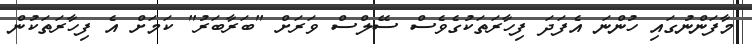
މާފަންނުގައި ހުންނަ އެފަދަ ފިހާރަތަކުގެވެސް ސޭލްސް ވަރަށް "ބަރާބަރު" ކަމަށް އެ ފިހާރަތަކުން